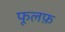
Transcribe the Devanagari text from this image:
फूलफ़